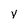
Character: y